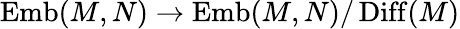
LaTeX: \operatorname{Emb}(M,N)\to\operatorname{Emb}(M,N)/\operatorname{Diff}(M)